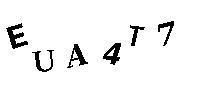
EUA4T7